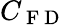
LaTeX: C_{\mathrm{~F~D~}}